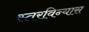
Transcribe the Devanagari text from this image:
स्तरविन्यास